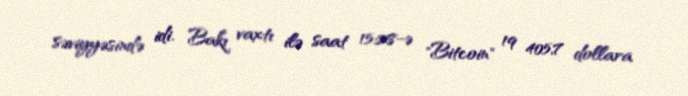
səviyyəsində idi. Bakı vaxtı ilə saat 15:28-ə "Bitcoin" 19 405,7 dollara